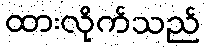
ထားလိုက်သည်